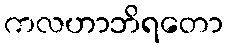
ကလဟာဘိရတော